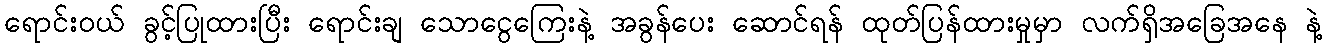
ရောင်းဝယ် ခွင့်ပြုထားပြီး ရောင်းချ သောငွေကြေးနဲ့ အခွန်ပေး ဆောင်ရန် ထုတ်ပြန်ထားမှုမှာ လက်ရှိအခြေအနေ နဲ့